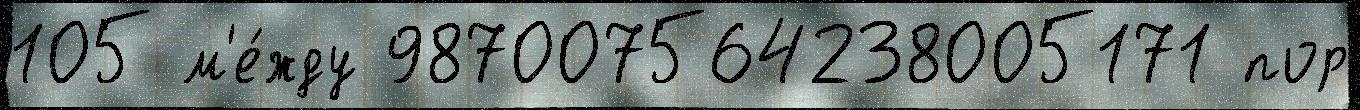
105 м'е́жду 987007564238005171 пор